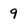
Character: 9